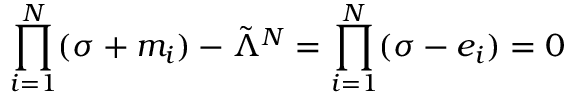
\prod _ { i = 1 } ^ { N } ( \sigma + m _ { i } ) - \tilde { \Lambda } ^ { N } = \prod _ { i = 1 } ^ { N } ( \sigma - e _ { i } ) = 0